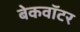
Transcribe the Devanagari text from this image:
बेकवॉटर